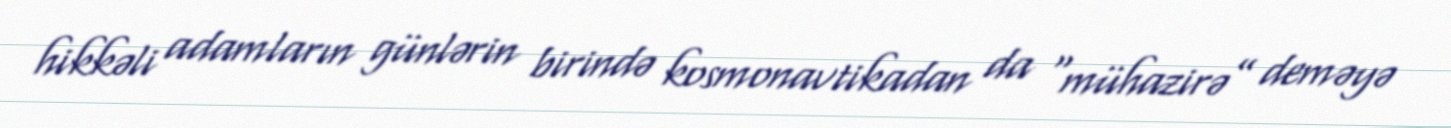
hikkəli adamların günlərin birində kosmonavtikadan da “mühazirə” deməyə